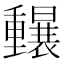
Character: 𲇄